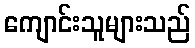
ကျောင်းသူများသည်